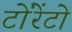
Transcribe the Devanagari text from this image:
टोंरेंटो